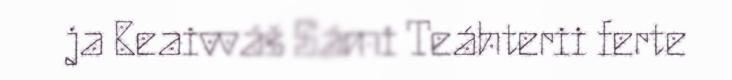
ja Beaivváš Sámi Teáhterii ferte